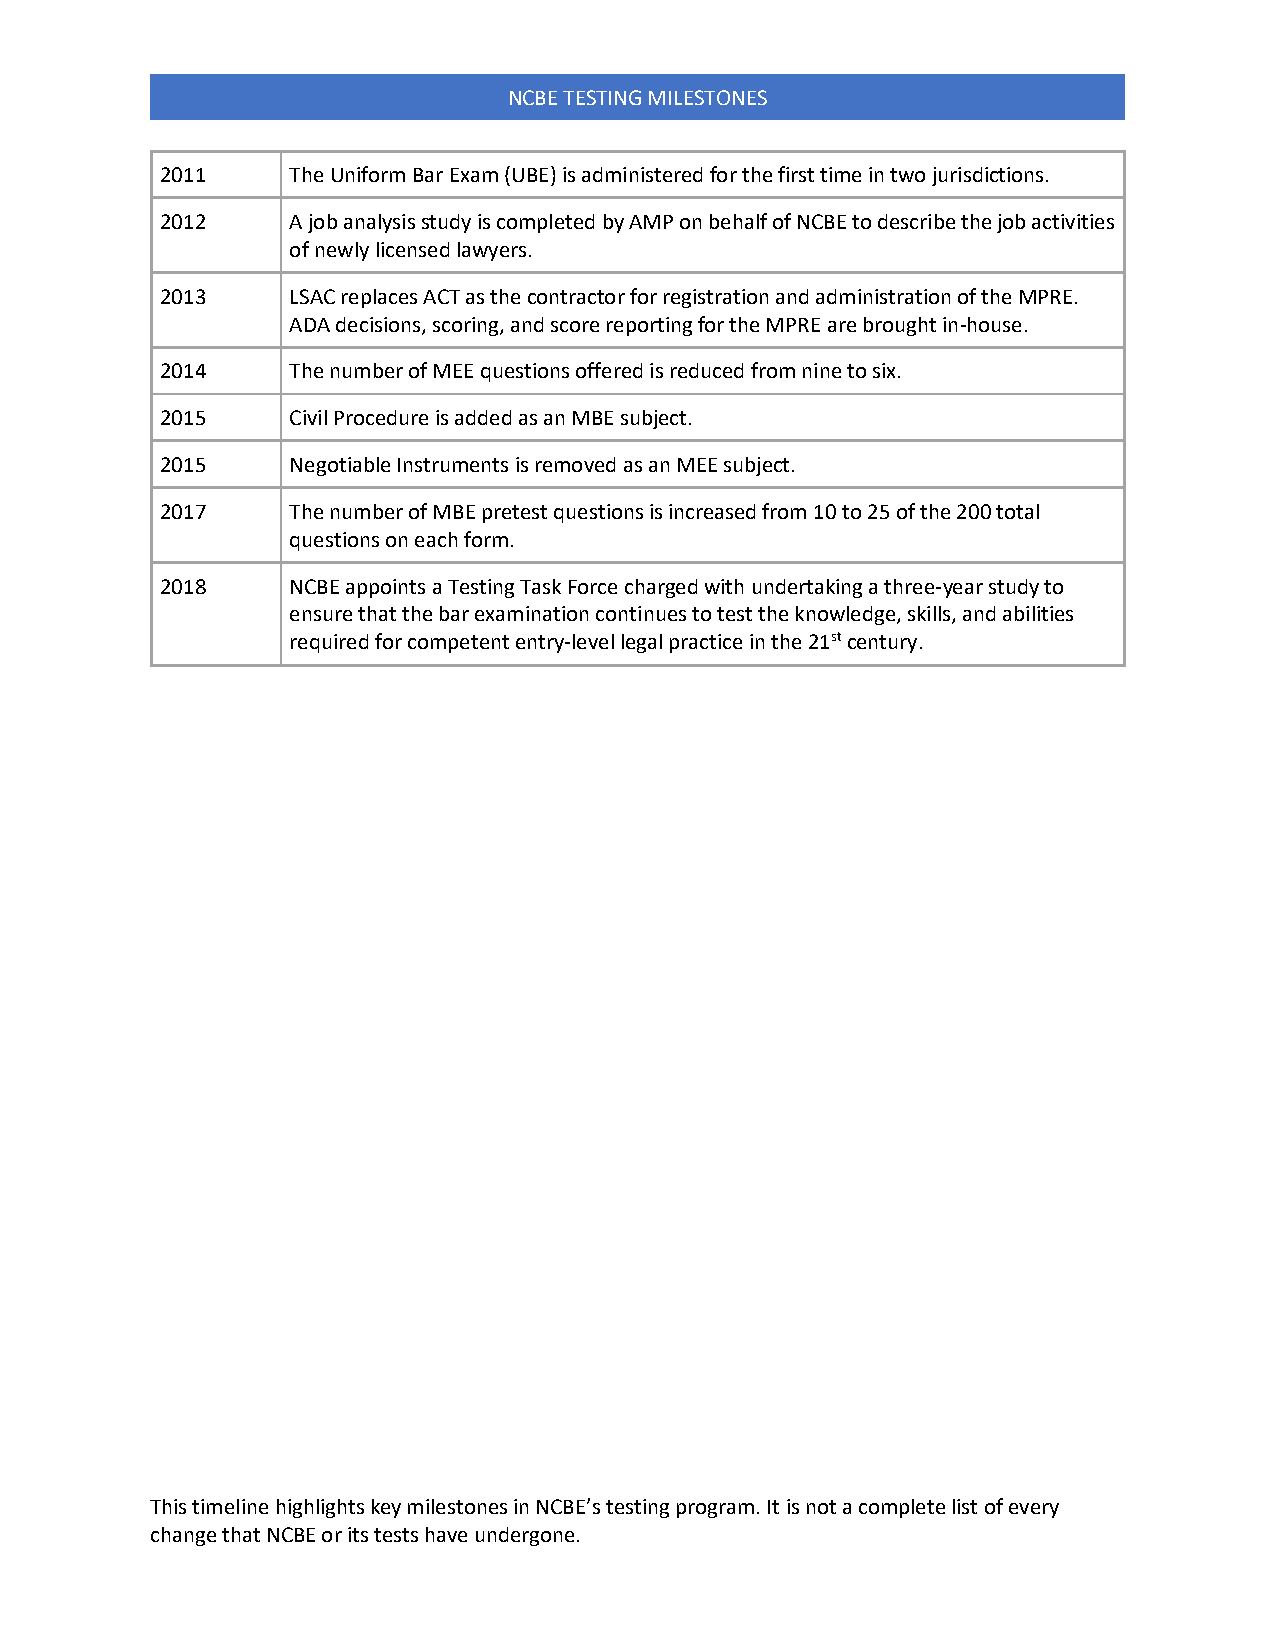
NCBE TESTING MILESTONES
 2011    The Uniform Bar Exam (UBE) is administered for the first time in two jurisdictions.
 2012    A job analysis study is completed by AMP on behalf of NCBE to describe the job activities
 of newly licensed lawyers.
 2013    LSAC replaces ACT as the contractor for registration and administration of the MPRE.
 ADA decisions, scoring, and score reporting for the MPRE are brought in-house.
 2014    The number of MEE questions offered is reduced from nine to six.
 2015    Civil Procedure is added as an MBE subject.
 2015    Negotiable Instruments is removed as an MEE subject.
 2017    The number of MBE pretest questions is increased from 10 to 25 of the 200 total
 questions on each form.
 2018    NCBE appoints a Testing Task Force charged with undertaking a three-year study to
 ensure that the bar examination continues to test the knowledge, skills, and abilities
 required for competent entry-level legal practice in the 21st century.
 This timeline highlights key milestones in NCBE’s testing program. It is not a complete list of every
 change that NCBE or its tests have undergone.